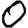
Digit: 0